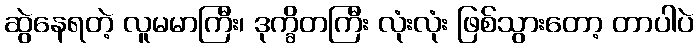
ဆွဲနေရတဲ့ လူမမာကြီး၊ ဒုက္ခိတကြီး လုံးလုံး ဖြစ်သွားတော့ တာပါပဲ